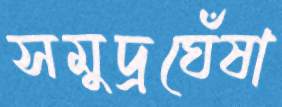
সমুদ্রঘেঁষা